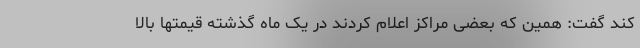
کند گفت: همین که بعضی مراکز اعلام کردند در یک ماه گذشته قیمتها بالا